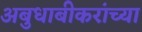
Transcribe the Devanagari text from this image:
अबुधाबीकरांच्या